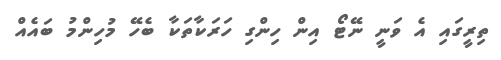
ތިރީގައި އެ ވަނީ ނޭޓޯ އިން ހިންގި ހަރަކާތަކާ ބެހޭ މުހިންމު ބައެއް